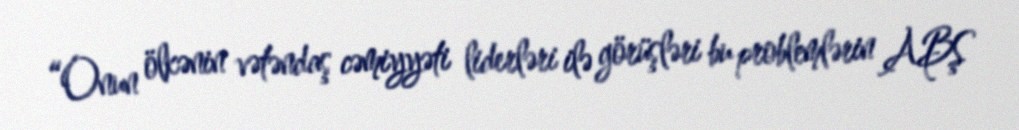
“Onun ölkənin vətəndaş cəmiyyəti liderləri ilə görüşləri bu problemlərin ABŞ